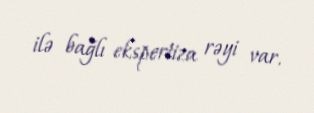
ilə bağlı ekspertiza rəyi var.